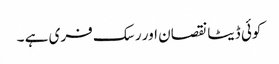
کوئی ڈیٹا نقصان اور رسک فری ہے ۔